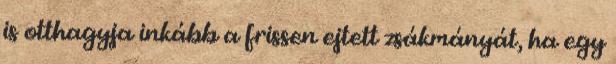
is otthagyja inkább a frissen ejtett zsákmányát, ha egy